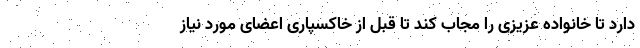
دارد تا خانواده عزیزی را مجاب کند تا قبل از خاکسپاری اعضای مورد نیاز